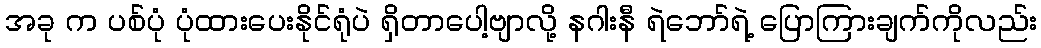
အခု က ပစ်ပုံ ပုံထားပေးနိုင်ရုံပဲ ရှိတာပေါ့ဗျာလို့ နဂါးနီ ရဲဘော်ရဲ့ ပြောကြားချက်ကိုလည်း